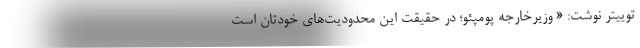
توییتر نوشت: « وزیرخارجه پومپئو؛ در حقیقت این محدودیت‌های خودتان است